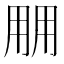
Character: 𰢱